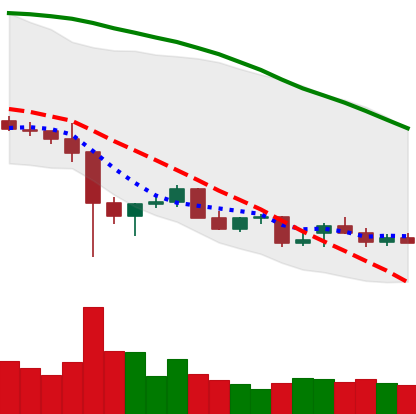
Ticker: NEO-USD
Chart end date: 2021-12-19
Forward return: 14.388%
Label: up_7plus